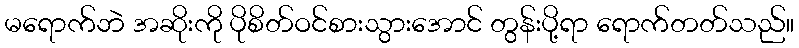
မရောက်ဘဲ အဆိုးကို ပိုစိတ်ဝင်စားသွားအောင် တွန်းပို့ရာ ရောက်တတ်သည်။